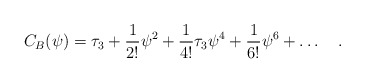
\begin{align*}C_B (\psi) = \tau_3 + {1\over 2!}\psi^2 + {1\over 4!} \tau_3 \psi^4 + {1\over6!} \psi^6 +\ldots \quad. \end{align*}